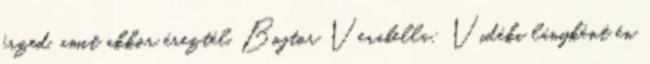
érzed, amit akkor éreztél. Bojtor Verabella: Vidéki lányként én